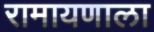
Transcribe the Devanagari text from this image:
रामायणाला